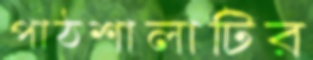
পাঠশালাটির